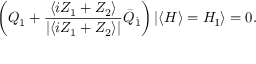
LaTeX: \left( Q _ { 1 } + \frac { \langle i Z _ { 1 } + Z _ { 2 } \rangle } { | \langle i Z _ { 1 } + Z _ { 2 } \rangle | } \bar { Q } _ { \dot { 1 } } \right) | \langle H \rangle = H _ { \mathrm { I } } \rangle = 0 .